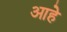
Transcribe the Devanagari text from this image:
आहेे